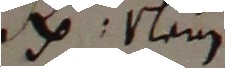
Bo Nein